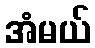
အံမယ်